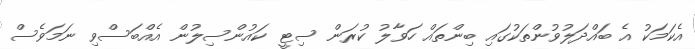
އެކަމަކު އެ ބައްދަލުވުންތަކުގައި ބިންތައް ހަވާލު ކުރަން ސިޓީ ކައުންސިލުން އެއްބަސްވި ނަމަވެސް